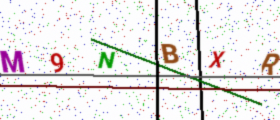
Text: M9NBXR